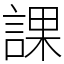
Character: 課